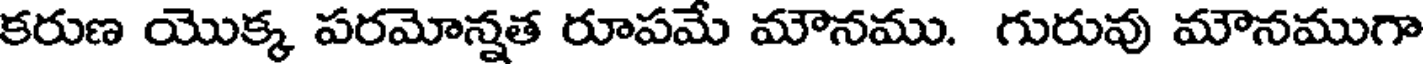
కరుణ యొక్క పరమోన్నత రూపమే మౌనము. గురువు మౌనముగా